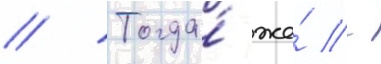
// Тогда́ же́ -